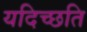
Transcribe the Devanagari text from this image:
यदिच्छति